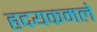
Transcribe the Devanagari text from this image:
हृदयकमले